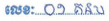
លេខៈ ០១ គនប